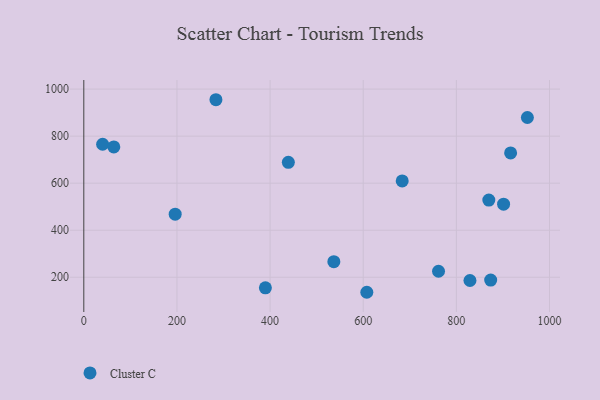
{"axis": {"x": "Experience", "y": "Yield"}, "legend": ["Cluster C"], "data": [{"x": "761.7", "y": 225.6, "type": "Cluster C"}, {"x": "536.9", "y": 266.3, "type": "Cluster C"}, {"x": "901.4", "y": 510.9, "type": "Cluster C"}, {"x": "829.2", "y": 186.2, "type": "Cluster C"}, {"x": "439.2", "y": 688.5, "type": "Cluster C"}, {"x": "40.4", "y": 765.4, "type": "Cluster C"}, {"x": "607.7", "y": 136.1, "type": "Cluster C"}, {"x": "683.7", "y": 609.6, "type": "Cluster C"}, {"x": "869.7", "y": 528.0, "type": "Cluster C"}, {"x": "64.4", "y": 754.2, "type": "Cluster C"}, {"x": "873.7", "y": 187.8, "type": "Cluster C"}, {"x": "283.7", "y": 954.8, "type": "Cluster C"}, {"x": "916.5", "y": 728.5, "type": "Cluster C"}, {"x": "196.2", "y": 468.1, "type": "Cluster C"}, {"x": "952.5", "y": 879.3, "type": "Cluster C"}, {"x": "389.9", "y": 154.9, "type": "Cluster C"}]}